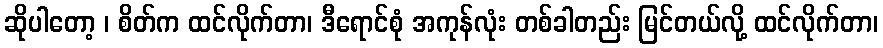
ဆိုပါတော့ ၊ စိတ်က ထင်လိုက်တာ၊ ဒီရောင်စုံ အကုန်လုံး တစ်ခါတည်း မြင်တယ်လို့ ထင်လိုက်တာ၊